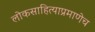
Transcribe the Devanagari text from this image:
लोकसाहित्याप्रमाणेच